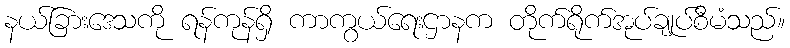
နယ်ခြားဒေသကို ရန်ကုန်ရှိ ကာကွယ်ရေးဌာနက တိုက်ရိုက်အုပ်ချုပ်စီမံသည်။